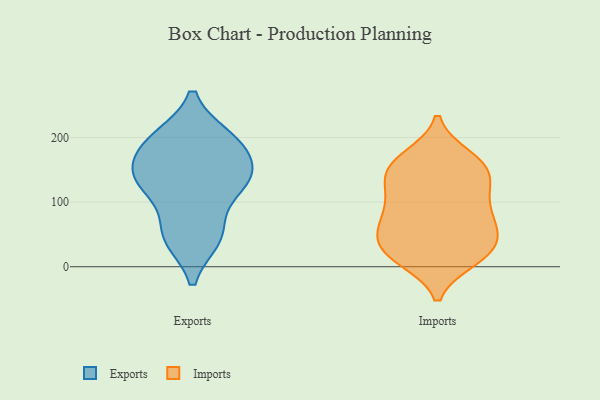
{"axis": {"x": "Active Users", "y": "Value"}, "legend": ["Exports", "Imports"], "data": [{"x": "", "y": 45, "type": "Exports"}, {"x": "", "y": 134, "type": "Exports"}, {"x": "", "y": 129, "type": "Exports"}, {"x": "", "y": 186, "type": "Exports"}, {"x": "", "y": 130, "type": "Exports"}, {"x": "", "y": 48, "type": "Exports"}, {"x": "", "y": 197, "type": "Exports"}, {"x": "", "y": 53, "type": "Exports"}, {"x": "", "y": 143, "type": "Exports"}, {"x": "", "y": 198, "type": "Exports"}, {"x": "", "y": 185, "type": "Exports"}, {"x": "", "y": 135, "type": "Exports"}, {"x": "", "y": 109, "type": "Imports"}, {"x": "", "y": 32, "type": "Imports"}, {"x": "", "y": 69, "type": "Imports"}, {"x": "", "y": 162, "type": "Imports"}, {"x": "", "y": 80, "type": "Imports"}, {"x": "", "y": 19, "type": "Imports"}, {"x": "", "y": 32, "type": "Imports"}, {"x": "", "y": 14, "type": "Imports"}, {"x": "", "y": 153, "type": "Imports"}, {"x": "", "y": 141, "type": "Imports"}, {"x": "", "y": 162, "type": "Imports"}, {"x": "", "y": 12, "type": "Imports"}, {"x": "", "y": 169, "type": "Imports"}, {"x": "", "y": 69, "type": "Imports"}, {"x": "", "y": 141, "type": "Imports"}, {"x": "", "y": 119, "type": "Imports"}, {"x": "", "y": 25, "type": "Imports"}, {"x": "", "y": 65, "type": "Imports"}, {"x": "", "y": 56, "type": "Imports"}, {"x": "", "y": 108, "type": "Imports"}]}